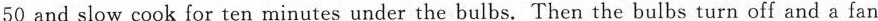
50 and slow cook for ten minutes underthe bulbs. Then the bulbs turn off and a fan